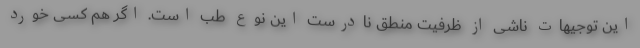
این توجیهات ناشی از ظرفیت منطق نادرست این نوع طب است. اگر هم کسی خورد